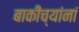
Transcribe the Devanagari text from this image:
बाकींच्यांनां